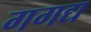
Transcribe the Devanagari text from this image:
गगद्य